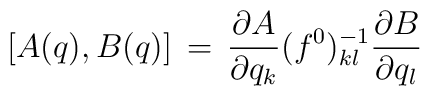
\lbrack A (q) , B(q) \rbrack \,=\, { \partial A \over \partial q_k} (f^0)^{-1}_{kl} { \partial B \over \partial q_l}